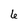
Character: 6